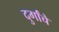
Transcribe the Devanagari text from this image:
दुर्गांचे